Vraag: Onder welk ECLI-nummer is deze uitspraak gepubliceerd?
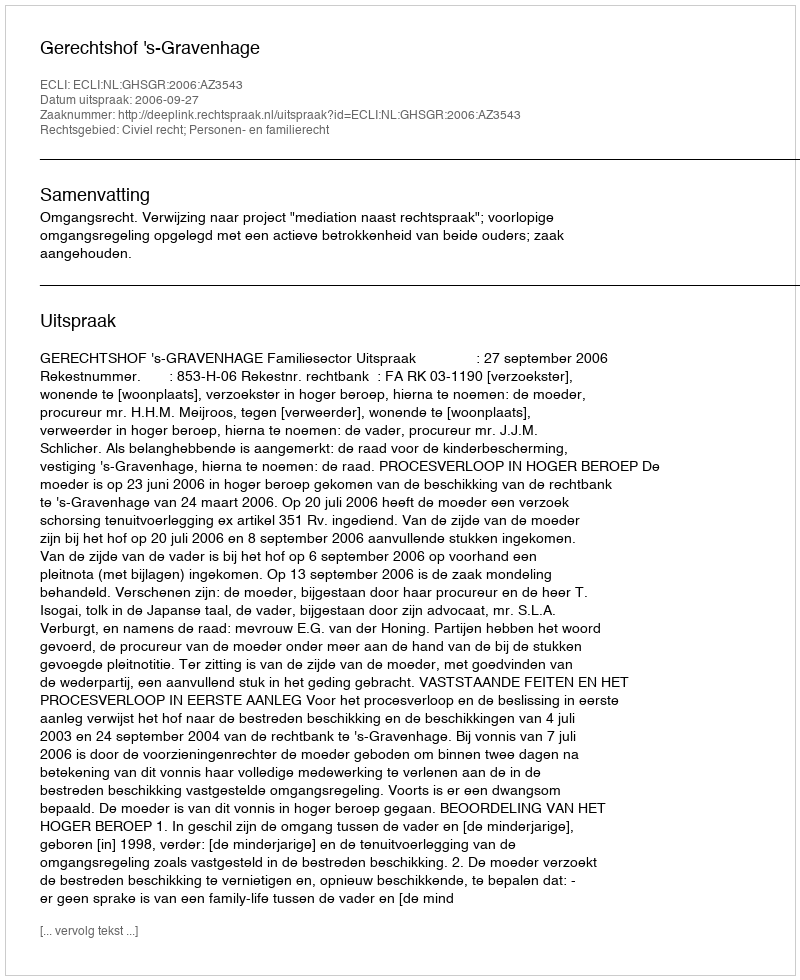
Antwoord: ECLI:NL:GHSGR:2006:AZ3543